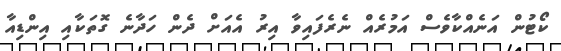
ކޯޓުން އަނެއްކާވެސް އަމުރެއް ނެރެފައިވާ އިރު އެއަށް ދެން ހަދާނެ ގޮތަކާއި އިންޑިއާ